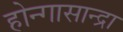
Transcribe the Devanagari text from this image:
होन्गासान्द्रा